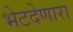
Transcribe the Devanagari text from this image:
भेटदेणारा